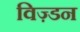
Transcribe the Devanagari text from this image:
विज़्डन